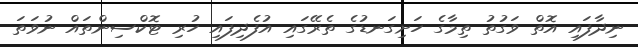
ނިދާފައި އޮތް ވަގުތު ތިމާގެ ހަށިގަނޑުގެ ތެރޭގައި އުފެދިފައި ހުރި ޓޮކްސިންތައް ނުވަތަ